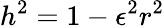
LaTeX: h^{2}=1-\epsilon^{2}r^{2}